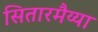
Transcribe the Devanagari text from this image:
सितारमैय्या